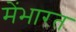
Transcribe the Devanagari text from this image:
मेंभारत